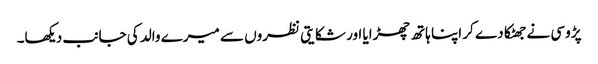
پڑوسی نے جھٹکا دے کر اپنا ہاتھ چھڑایا اور شکایتی نظروں سے میرے والد کی جانب دیکھا۔